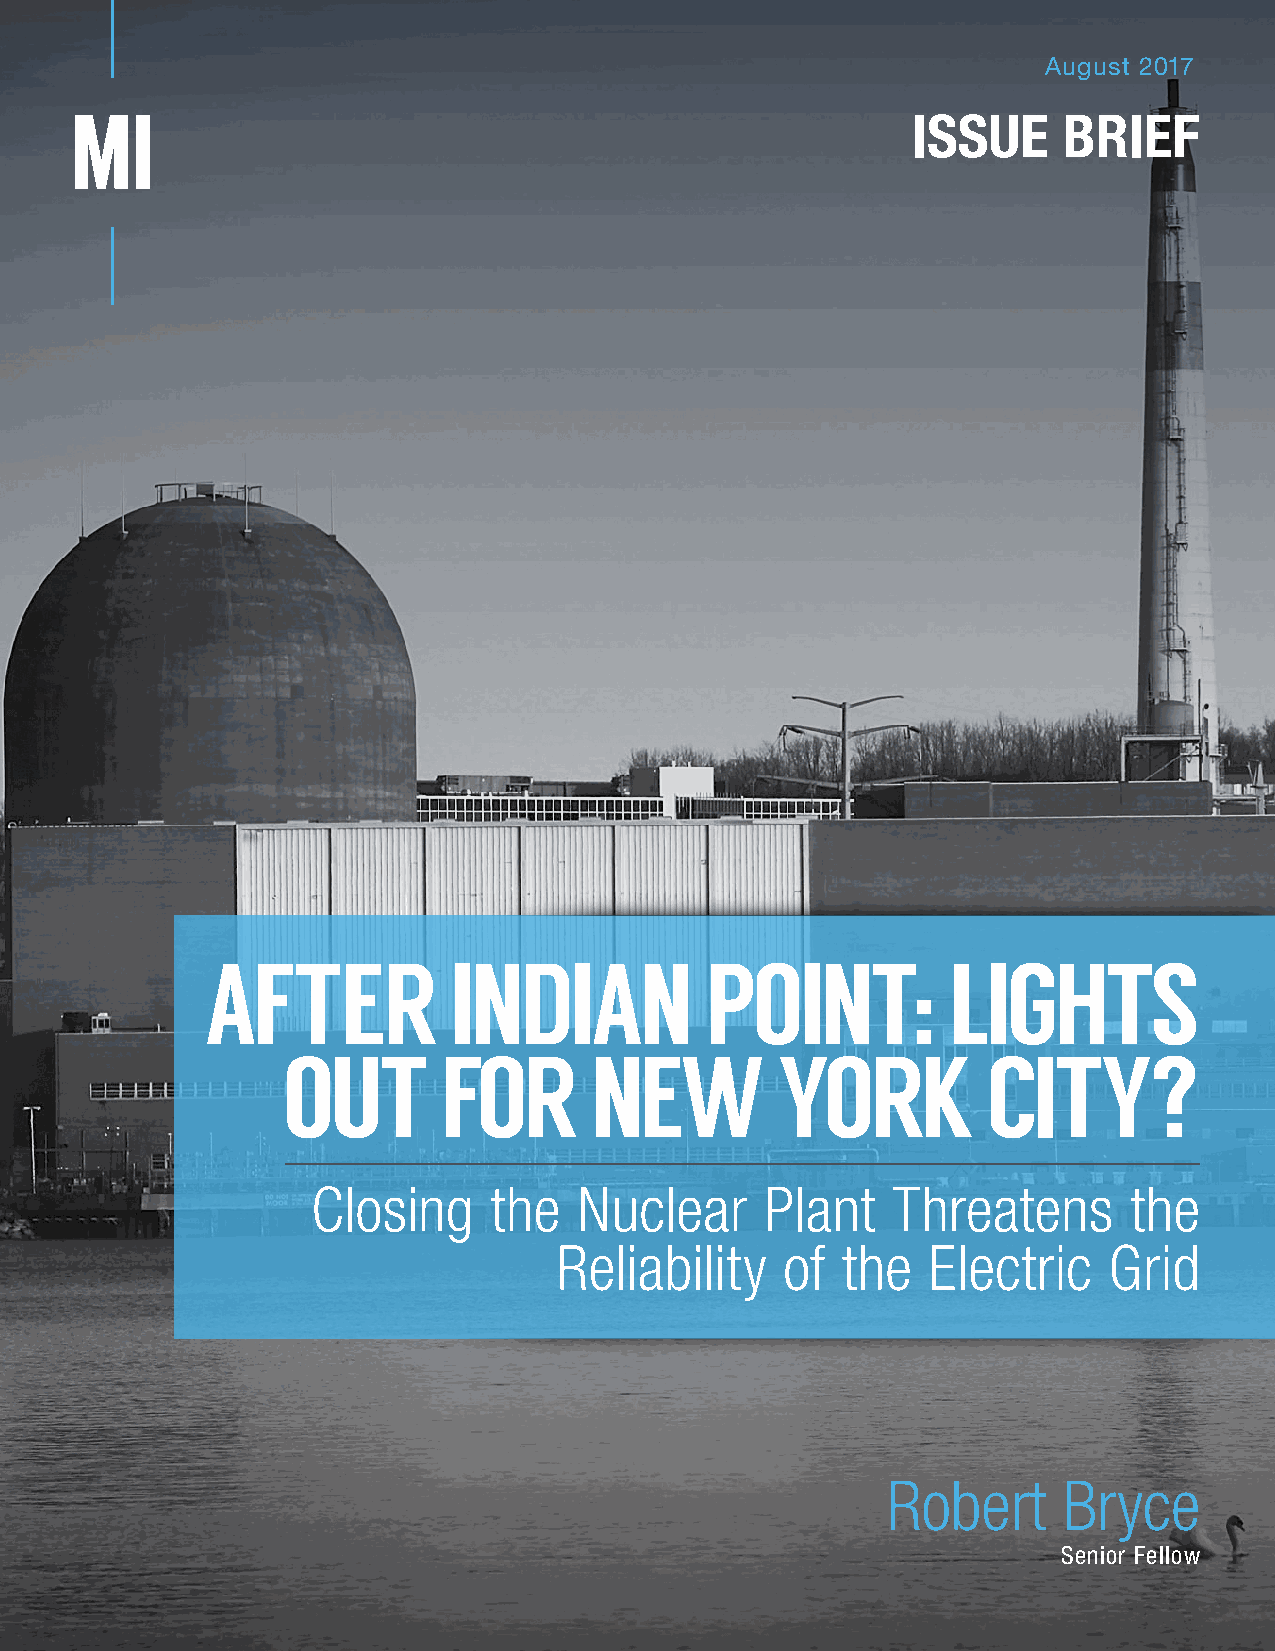
August 2017
 ISSUE     BRIEF
 AFTER           INDIAN           POINT:          LIGHTS
 OUT       FOR       NEW         YORK          CITY?
 Closing    the   Nuclear      Plant   Threatens       the
 Reliability    of  the  Electric    Grid
 Robert     Bryce
 Senior Fellow